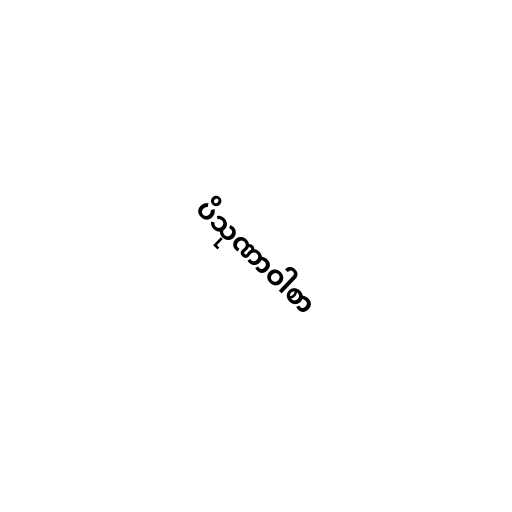
ပိသုဏာဝါစာ